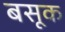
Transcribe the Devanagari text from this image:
बसूक